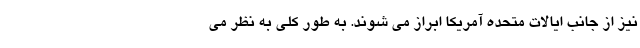
نیز از جانب ایالات متحده آمریکا ابراز می شوند. به طور کلی به نظر می